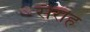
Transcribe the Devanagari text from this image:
सैराह